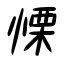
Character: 慄